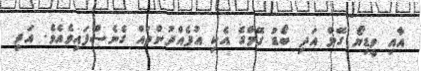
އާއި ވީޑިޔޯ ގޭމް އަދި ބޯޑު ގޭމްގެ އެކި އުފެއްދުންތައް ގެނެސްފައިވެއެވެ. އަދި